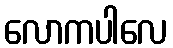
လောကပါလေ